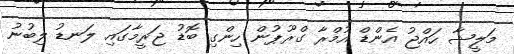
މަލީޝާ ހައްޖު އެންޑް އުމްރާ ގްރޫޕުން ހިންގި ބޮޑު ޖަރީމާގައި ލަނޑު ލިބުނު